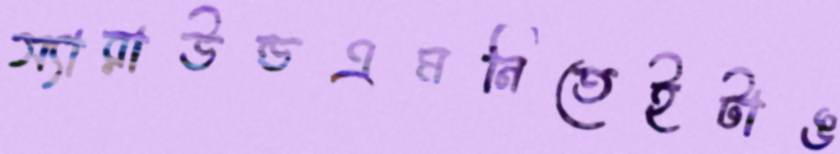
স্যারাউন্ডএমনিতেইটাঙ